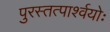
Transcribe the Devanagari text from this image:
पुरस्तत्पार्श्वयोः